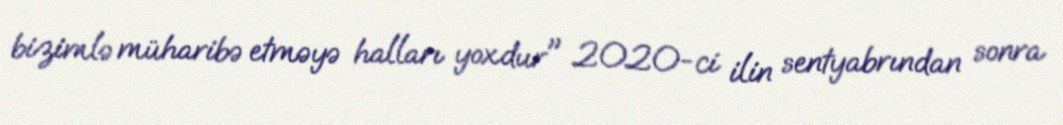
bizimlə müharibə etməyə halları yoxdur" 2020-ci ilin sentyabrından sonra